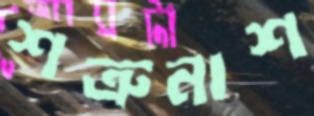
শত্রুনাশ